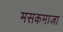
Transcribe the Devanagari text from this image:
मसकमाजा